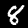
Digit: 8